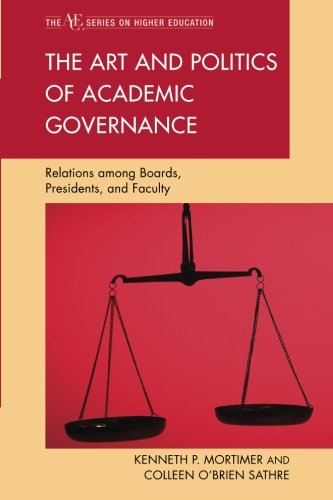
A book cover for The Art and Politics of Academic Governance: Relations among Boards, Presidents, and Faculty (The ACE Series on Higher Education); Kenneth P. Mortimer president emeritus  Western Washington University and the University of Hawai'i and chancellor emeritus of the University of Hawai'i at Manoa; Education & Teaching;